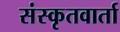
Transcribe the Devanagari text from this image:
संस्कृतवार्ता